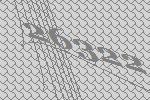
26322